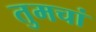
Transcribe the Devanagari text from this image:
तुमचां